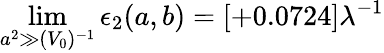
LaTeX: \operatorname*{lim}_{a^{2}\gg(V_{0})^{-1}}\epsilon_{2}(a,b)=[+0.0724]\lambda^{-1}